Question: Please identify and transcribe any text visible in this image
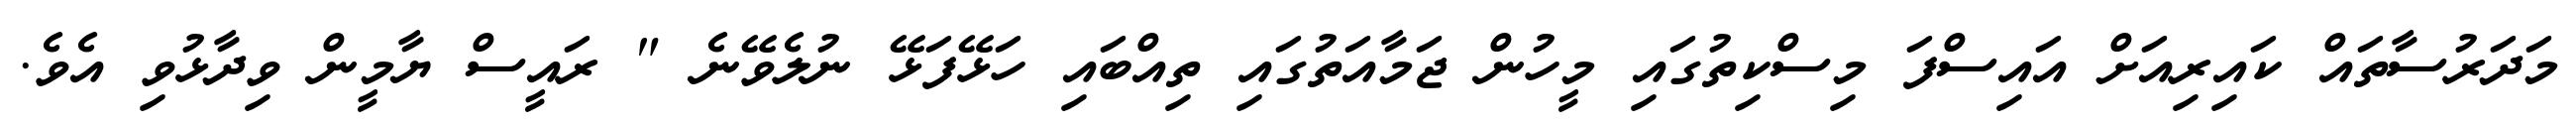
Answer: މަދަރުސާތައް ކައިރިއަށް އައިސްފަ މިސްކިތުގައި މީހުން ޖަމާއަތުގައި ތިއްބައި ހަޅޭފަޅޭ ނުލެވޭނެ " ރައީސް ޔާމީން ވިދާޅުވި އެވެ.